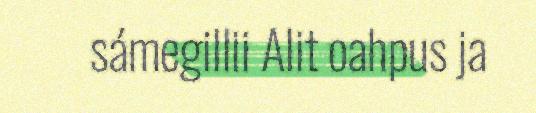
sámegillii Alit oahpus ja